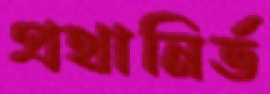
প্রথানির্ভ